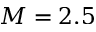
M = 2 . 5